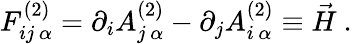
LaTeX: F_{ij\, \alpha}^{(2)}=\partial_{i}A_{j\, \alpha}^{(2)}-\partial_{j}A_{i\, \alpha}^{(2)}\equiv\vec{H}\ .